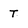
Character: T